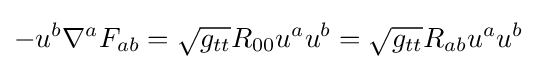
-u^{b}\nabla ^{a}F_{ab}={\sqrt {g_{tt}}}R_{00}u^{a}u^{b}={\sqrt {g_{tt}}}R_{ab}u^{a}u^{b}